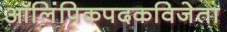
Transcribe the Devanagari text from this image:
ऑलिंपिकपदकविजेता